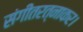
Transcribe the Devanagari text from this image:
संगीतरत्नाकर।